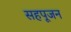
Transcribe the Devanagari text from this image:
सहपूजन